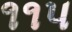
૧૧પ